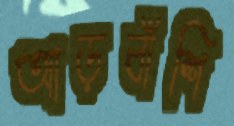
আড়বাঁশি